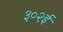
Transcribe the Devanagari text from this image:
३०२ई